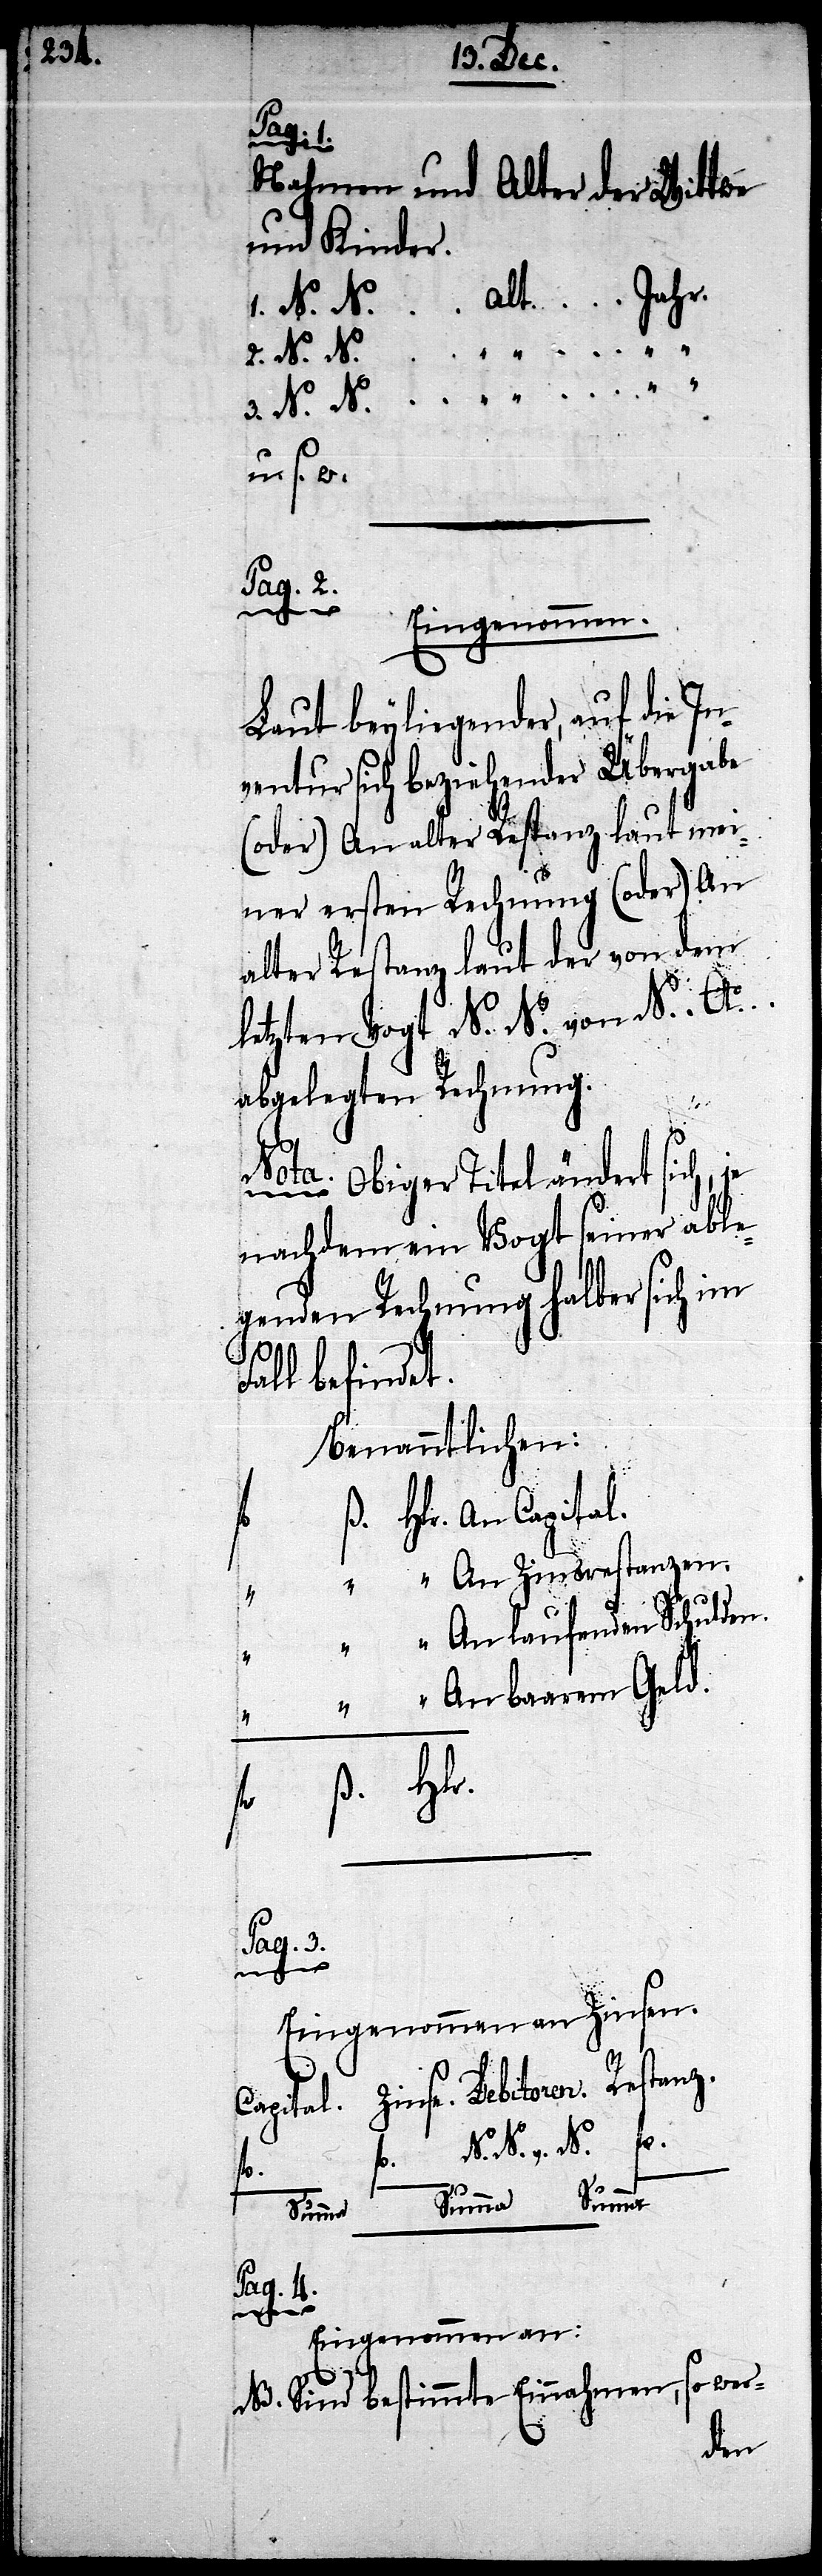
Nahmen und Alter der Wittwe
und Kinder
N. N. … alt … Jahr.
u. s. w.
________________
Laut beyliegender, auf die In¬
ventur sich beziehender Übergabe
(oder) An alter Restanz laut mei¬
ner ersten Rechnung (oder) An
alter Restanz laut der von dem
letzten Vogt N. N. von N. Ao.
abgelegten Rechnung.
3.
Resta¬
a. Obiger Titel ändert sich,
nachdem ein Vogt seiner able¬
genden Rechnung halber sich im
Fall befindet.
Benanntlichen:
Hlr. An Capital.
“	 “ An Zinsrestanzen.
“ An laufenden Schulden.
“ An baarem Geld.
ß. 	Hlr.
fl.
Pag. 3.
fl.
Eingenommen an Zinsen.
N. N.,. N.
fl.
Summa
Pag. 4.
nz.
Eingenommen an:
NB. Sind bestimmte Einnahmen, so wer-